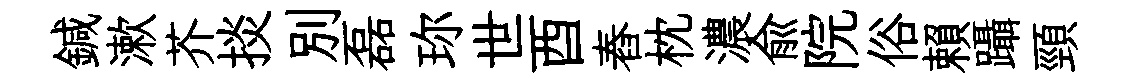
鍼漱芥掞别磊珎世酉舂枕濃兪院俗賴躡頸